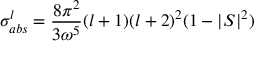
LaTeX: \sigma _ { a b s } ^ { l } = \frac { 8 \pi ^ { 2 } } { 3 { \omega } ^ { 5 } } ( l + 1 ) ( l + 2 ) ^ { 2 } ( 1 - | S | ^ { 2 } )